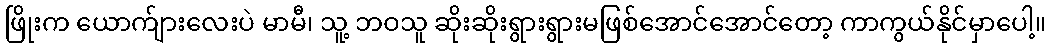
ဖြိုးက ယောက်ျားလေးပဲ မာမီ၊ သူ့ ဘဝသူ ဆိုးဆိုးရွားရွားမဖြစ်အောင်အောင်တော့ ကာကွယ်နိုင်မှာပေါ့။